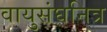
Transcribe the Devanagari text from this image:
वायुसंघनित्र